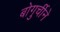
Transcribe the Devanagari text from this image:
बोगुर्चीने